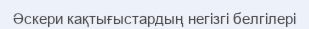
Әскери кақтығыстардың негізгі белгілері